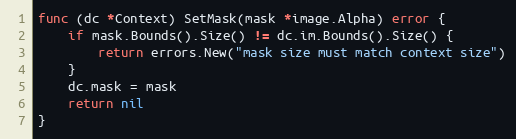
Language: Go
func (dc *Context) SetMask(mask *image.Alpha) error {
	if mask.Bounds().Size() != dc.im.Bounds().Size() {
		return errors.New("mask size must match context size")
	}
	dc.mask = mask
	return nil
}